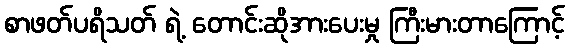
စာဖတ်ပရိသတ် ရဲ့ တောင်းဆိုအားပေးမှု ကြီးမားတာကြောင့်